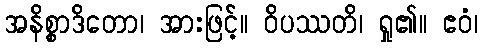
အနိစ္စာဒိတော၊ အားဖြင့်။ ဝိပဿတိ၊ ရှု၏။ ဧဝံ၊